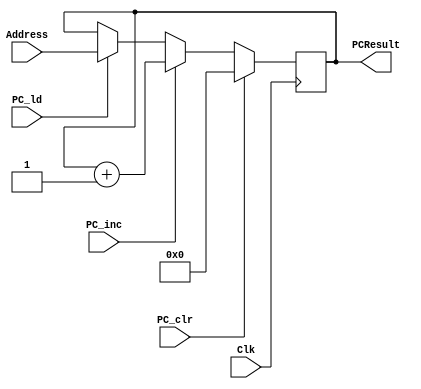
`timescale 1ns / 1ps

module PC(Address, PC_ld, PC_clr, PC_inc, PCResult, Clk);

	input [15:0] Address;
	input PC_ld, PC_clr, PC_inc, Clk;

	output reg [15:0] PCResult;

    // At posedge of Clk, assign output to corresponding value
    always @ (posedge Clk) begin
        if (PC_clr)
            PCResult <= 16'h0000;
        else if(PC_inc)
            PCResult <= PCResult+1;
        else if(PC_ld)
            PCResult <= Address;
    end
endmodule

module IR(data,IR_ld,Clk,Instr);
    
	input [15:0] data;
    input IR_ld,Clk;
    
    output reg [15:0] Instr;
    
    // At posedge of Clk, assign output to corresponding value
    always @ (posedge Clk) begin
        if (IR_ld)
            Instr <= data;
    end
endmodule

module PCadder(data,PC,Address);
    
	input [7:0] data;
	input [15:0] PC;   
    output [15:0] Address;
    wire [7:0] tem;
    assign tem=PC[7:0]+data-1;
    assign Address={8'd0,tem};
endmodule

module controller(
    input clk, reset, RF_RP_zero,
    input [15:0] instr,
    output reg PC_ld,
    output reg PC_clr,
    output reg PC_inc,
    output reg IR_ld,
    output reg I_rd,
    output reg [7:0] D_addr,
    output reg D_rd,
    output reg D_wr,
    output reg [7:0] RF_W_data,
    output reg RF_s1,
    output reg RF_s0,
    output reg [3:0] RF_W_addr,
    output reg RF_W_wr,
    output reg [3:0] RF_Rp_addr,
    output reg RF_Rp_rd,
    output reg [3:0] RF_Rq_addr,
    output reg RF_Rq_rd,
    output reg alu_s1,
    output reg alu_s0,
    output reg [3:0] state
);

    
//    reg [3:0] state, next_state;
    reg [3:0] next_state;
    // State Encoding
    parameter Init = 4'b0000, Fetch = 4'b0001, Decode = 4'b0010,
              Load = 4'b0011, Store = 4'b0100, Add = 4'b0101,
              Load_const = 4'b0110, Subtract = 4'b0111, Jump_if_zero = 4'b1000,
              Jump_if_zero_jmp = 4'b1001;
    
    // State Transition
    always @(posedge clk) begin
        if (reset)
            state <= Init;
        else
            state <= next_state;
    end
      
    // Next State Logic
    always @(*) begin
        case (state)
            Init: next_state = Fetch;
            Fetch: next_state = Decode;
            Decode: begin
                case (instr[15:12])
                    4'b0000: next_state = Load;
                    4'b0001: next_state = Store;
                    4'b0010: next_state = Add;
                    4'b0011: next_state = Load_const;
                    4'b0100: next_state = Subtract;
                    4'b0101: next_state = Jump_if_zero;
                    default: next_state = Fetch;
                endcase
            end
            Load: next_state = Fetch;
            Store: next_state = Fetch;
            Add: next_state = Fetch;
            Load_const: next_state = Fetch;
            Subtract: next_state = Fetch;
            Jump_if_zero: begin
                if(RF_RP_zero)
                    next_state = Jump_if_zero_jmp;
                else
                    next_state = Fetch;
            end
            Jump_if_zero_jmp: next_state = Fetch;
            default: next_state = Fetch;
        endcase
    end
      
    // Output Logic
    always @(*) begin
        PC_ld = 0;
        PC_clr = 0;
        PC_inc = 0;
        IR_ld = 0;
        I_rd = 0;
        D_addr = 0;
        D_rd = 0;
        D_wr = 0;
        RF_W_data = 0;
        RF_s1 = 0;
        RF_s0 = 0;
        RF_W_addr = 0;
        RF_W_wr = 0;
        RF_Rp_addr = 0;
        RF_Rp_rd = 0;
        RF_Rq_addr = 0;
        RF_Rq_rd = 0;
        alu_s1 = 0;
        alu_s0 = 0;
          
        case (state)
            Init: PC_clr = 1;
            Fetch: begin
                PC_inc = 1;
                IR_ld = 1;
                I_rd = 1;
            end
            Load: begin
                D_rd = 1;
                D_addr = instr[7:0];
                RF_s1 = 0;
                RF_s0 = 1;
                RF_W_addr = instr[11:8];
                RF_W_wr = 1;
            end
            Store: begin
                D_wr = 1;
                D_addr = instr[7:0];
                RF_Rp_addr = instr[11:8];
                RF_Rp_rd = 1;
            end
            Add: begin
                RF_Rp_addr = instr[7:4];
                RF_Rq_addr = instr[3:0];
                RF_W_addr = instr[11:8];
                RF_Rp_rd = 1;
                RF_Rq_rd = 1;
                alu_s1 = 0;
                alu_s0 = 1;
                RF_W_wr = 1;
            end
            Load_const: begin
                RF_s1 = 1;
                RF_W_addr = instr[11:8];
                RF_W_data = instr[7:0];
                RF_W_wr = 1;
            end
            Subtract: begin
                RF_Rp_addr = instr[7:4];
                RF_Rp_rd = 1;
                RF_Rq_addr = instr[3:0];
                RF_Rq_rd = 1;
                RF_W_addr = instr[11:8];
                RF_W_wr = 1;
                alu_s1 = 1;
            end
            Jump_if_zero: begin
                RF_Rp_addr = instr[11:8];
                RF_Rp_rd = 1;
            end
            Jump_if_zero_jmp: begin
                PC_ld = 1;
            end
        endcase
    end
  
endmodule